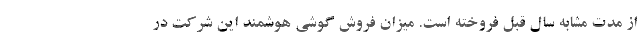
از مدت مشابه سال قبل فروخته است. میزان فروش گوشی هوشمند این شرکت در